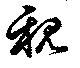
親